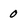
Character: 0